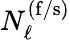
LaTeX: N_{\mathrm{\ell}}^{\mathrm{(f/s)}}